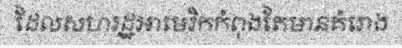
ដែលសហរដ្ឋអាមេរិកកំពុងតែមានគំរោង